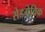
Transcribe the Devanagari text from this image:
सेडगेविक